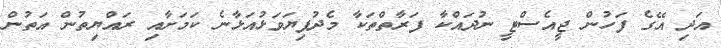
އަދި އޭގެ ފަހުން ޖީއެސްޓީ ނުދައްކާ ފަރާތްތަކާ މެދުފިޔަވަޅުއަޅާނެ ކަމަށާއި ރައްޔިތުން އަތުން